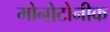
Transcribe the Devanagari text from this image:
मोनोटोनीक